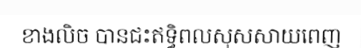
ខាងលិច បានជះឥទ្ធិពលសុសសាយពេញ